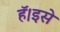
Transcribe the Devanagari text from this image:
हॅ।इसे